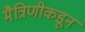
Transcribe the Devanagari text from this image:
मैत्रिणीकडून